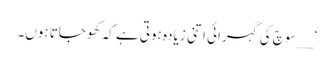
‘ __سوچ کی گہرائی اتنی زیادہ ہوتی ہے کہ کھو جاتا ہوں۔